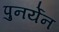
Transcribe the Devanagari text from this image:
पुनर्येन